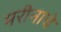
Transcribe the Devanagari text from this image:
मरीनाचे